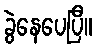
ခွဲနေပေပြီ။